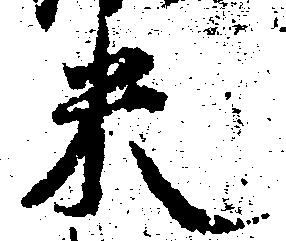
米